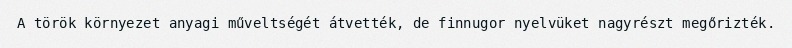
A török környezet anyagi műveltségét átvették, de finnugor nyelvüket nagyrészt megőrizték.